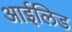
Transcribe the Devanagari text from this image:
आईलिड